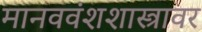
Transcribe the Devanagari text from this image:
मानववंशशास्त्रावर